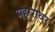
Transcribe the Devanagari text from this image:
महारावर